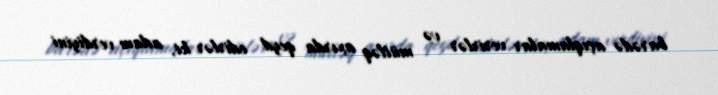
barədə açıqlamalar verirlər və mütləq axırda qeyd edirlər ki, adam verdiyini